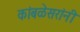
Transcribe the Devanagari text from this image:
कांबळेसरांनी